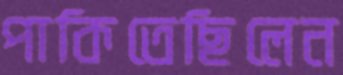
পাকিতেছিলেন